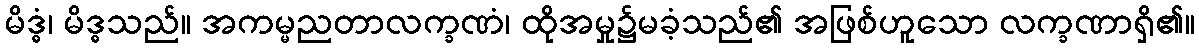
မိဒ္ဓံ၊ မိဒ္ဓသည်။ အကမ္မညတာလက္ခဏံ၊ ထိုအမှု၌မခံ့သည်၏ အဖြစ်ဟူသော လက္ခဏာရှိ၏။